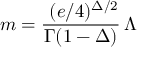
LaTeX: m = { \frac { \, \, ( e / 4 ) ^ { \Delta / 2 } } { \Gamma ( 1 - \Delta ) } } \, \Lambda